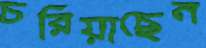
চরিয়াছেন